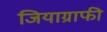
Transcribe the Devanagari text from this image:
जियाग्राफी